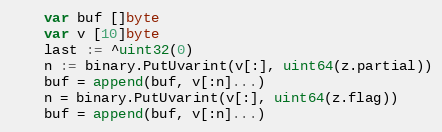
Language: Go
	var buf []byte
	var v [10]byte
	last := ^uint32(0)
	n := binary.PutUvarint(v[:], uint64(z.partial))
	buf = append(buf, v[:n]...)
	n = binary.PutUvarint(v[:], uint64(z.flag))
	buf = append(buf, v[:n]...)